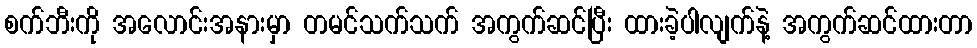
စက်ဘီးကို အလောင်းအနားမှာ တမင်သက်သက် အကွက်ဆင်ပြီး ထားခဲ့ပါလျက်နဲ့ အကွက်ဆင်ထားတာ